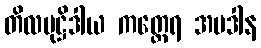
တိလမုဋ္ဌိဒါယ ကတ္ထေရ အပဒါန